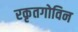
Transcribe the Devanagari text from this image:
रकृतगोविन